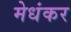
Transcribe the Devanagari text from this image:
मेधंकर